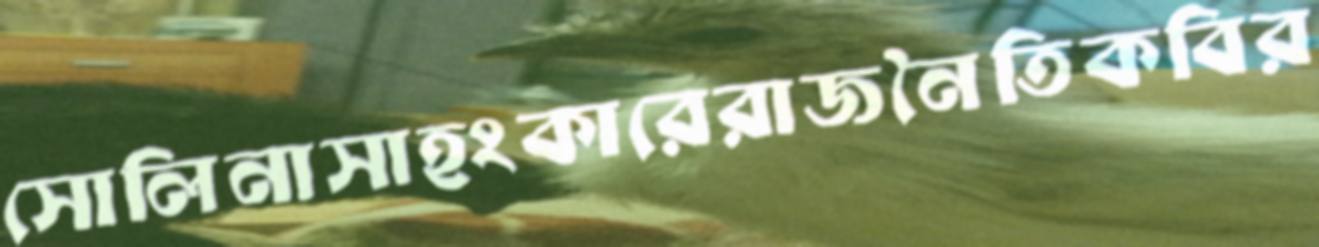
সোলিনাসাহংকারেরাজনৈতিকবির